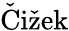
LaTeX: \mathrm{\check{C}i\check{z}ek}